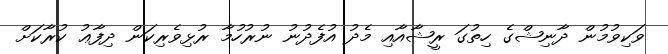
ވަކިވުމުން ދާނިޝްގެ ހިތުގަ ރީޝާއާއި މެދު އުފެދުނު ނުރުހުމާ ރުޅިވެރިކަން ދިފާޢު ކުރާާކަށް